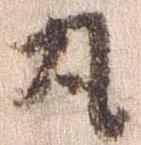
丸